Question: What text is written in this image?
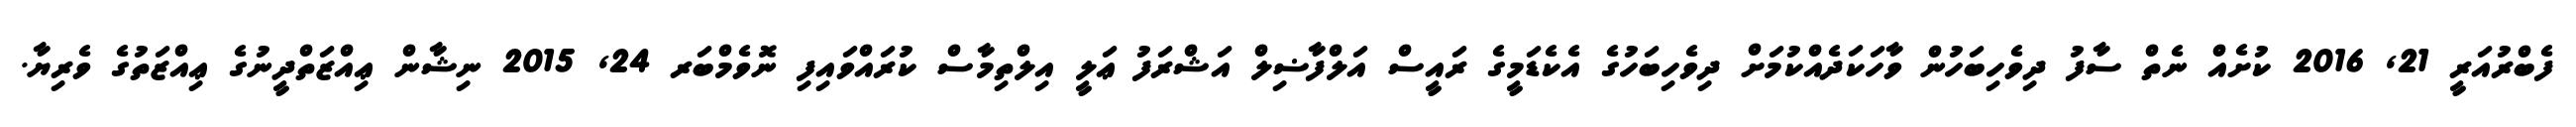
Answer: ފެބްރުއަރީ 21, 2016 ކުށެއް ނެތް ސާފު ދިވެހިބަހުން ވާހަކަދެއްކުމަށް ދިވެހިބަހުގެ އެކެޑަމީގެ ރައީސް އަލްފާޟިލް އަޝްރަފު ޢަލީ އިލްތިމާސް ކުރައްވައިފި ނޮވެމްބަރ 24, 2015 ނިޝާން ޢިއްޒަތްދީނުގެ ޢިއްޒަތުގެ ވެރިޔާ.